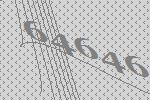
64646